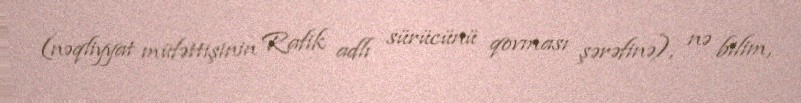
(nəqliyyat müfəttişinin Rafik adlı sürücünü qovması şərəfinə), nə bilim,